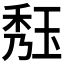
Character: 𤥹